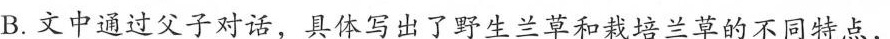
B.文中通过父子对话，具体写出了野生兰草和栽培兰草的不同特点，